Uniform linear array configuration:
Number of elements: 24
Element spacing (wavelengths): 0.5
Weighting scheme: exponential
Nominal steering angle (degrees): -45
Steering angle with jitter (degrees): -46.306
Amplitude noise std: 0.05
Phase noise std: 0.05

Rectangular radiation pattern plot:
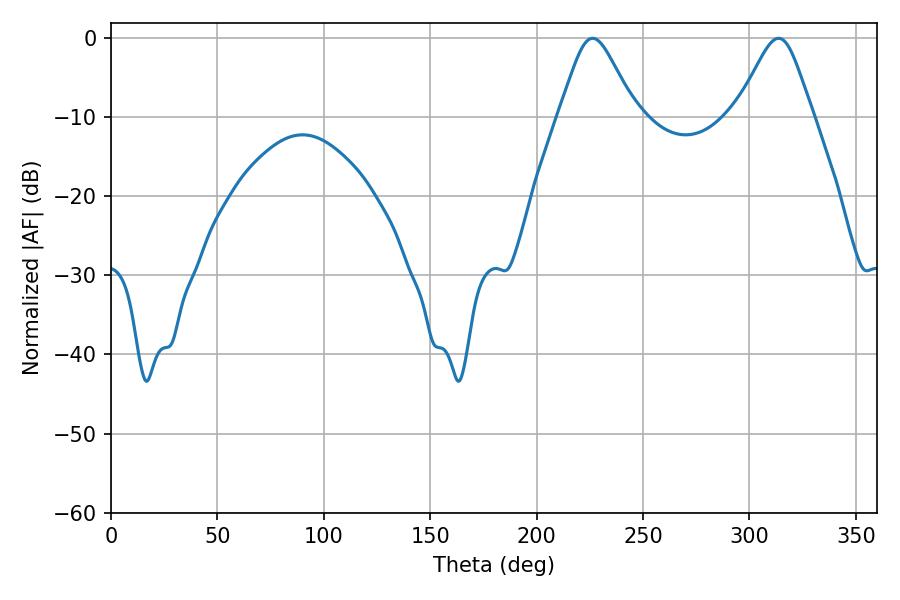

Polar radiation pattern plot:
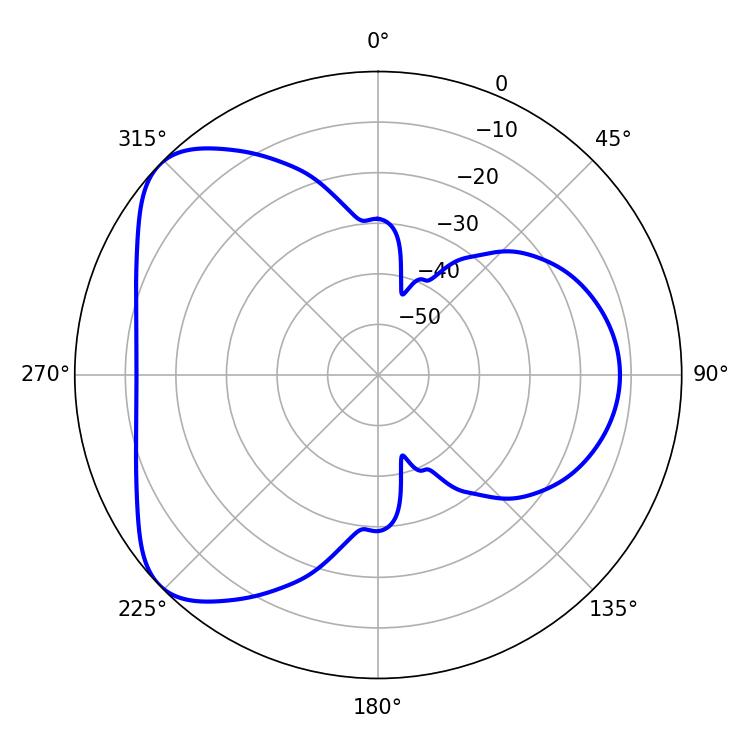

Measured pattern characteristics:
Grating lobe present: FALSE
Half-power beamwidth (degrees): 17.28
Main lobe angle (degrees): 226.26